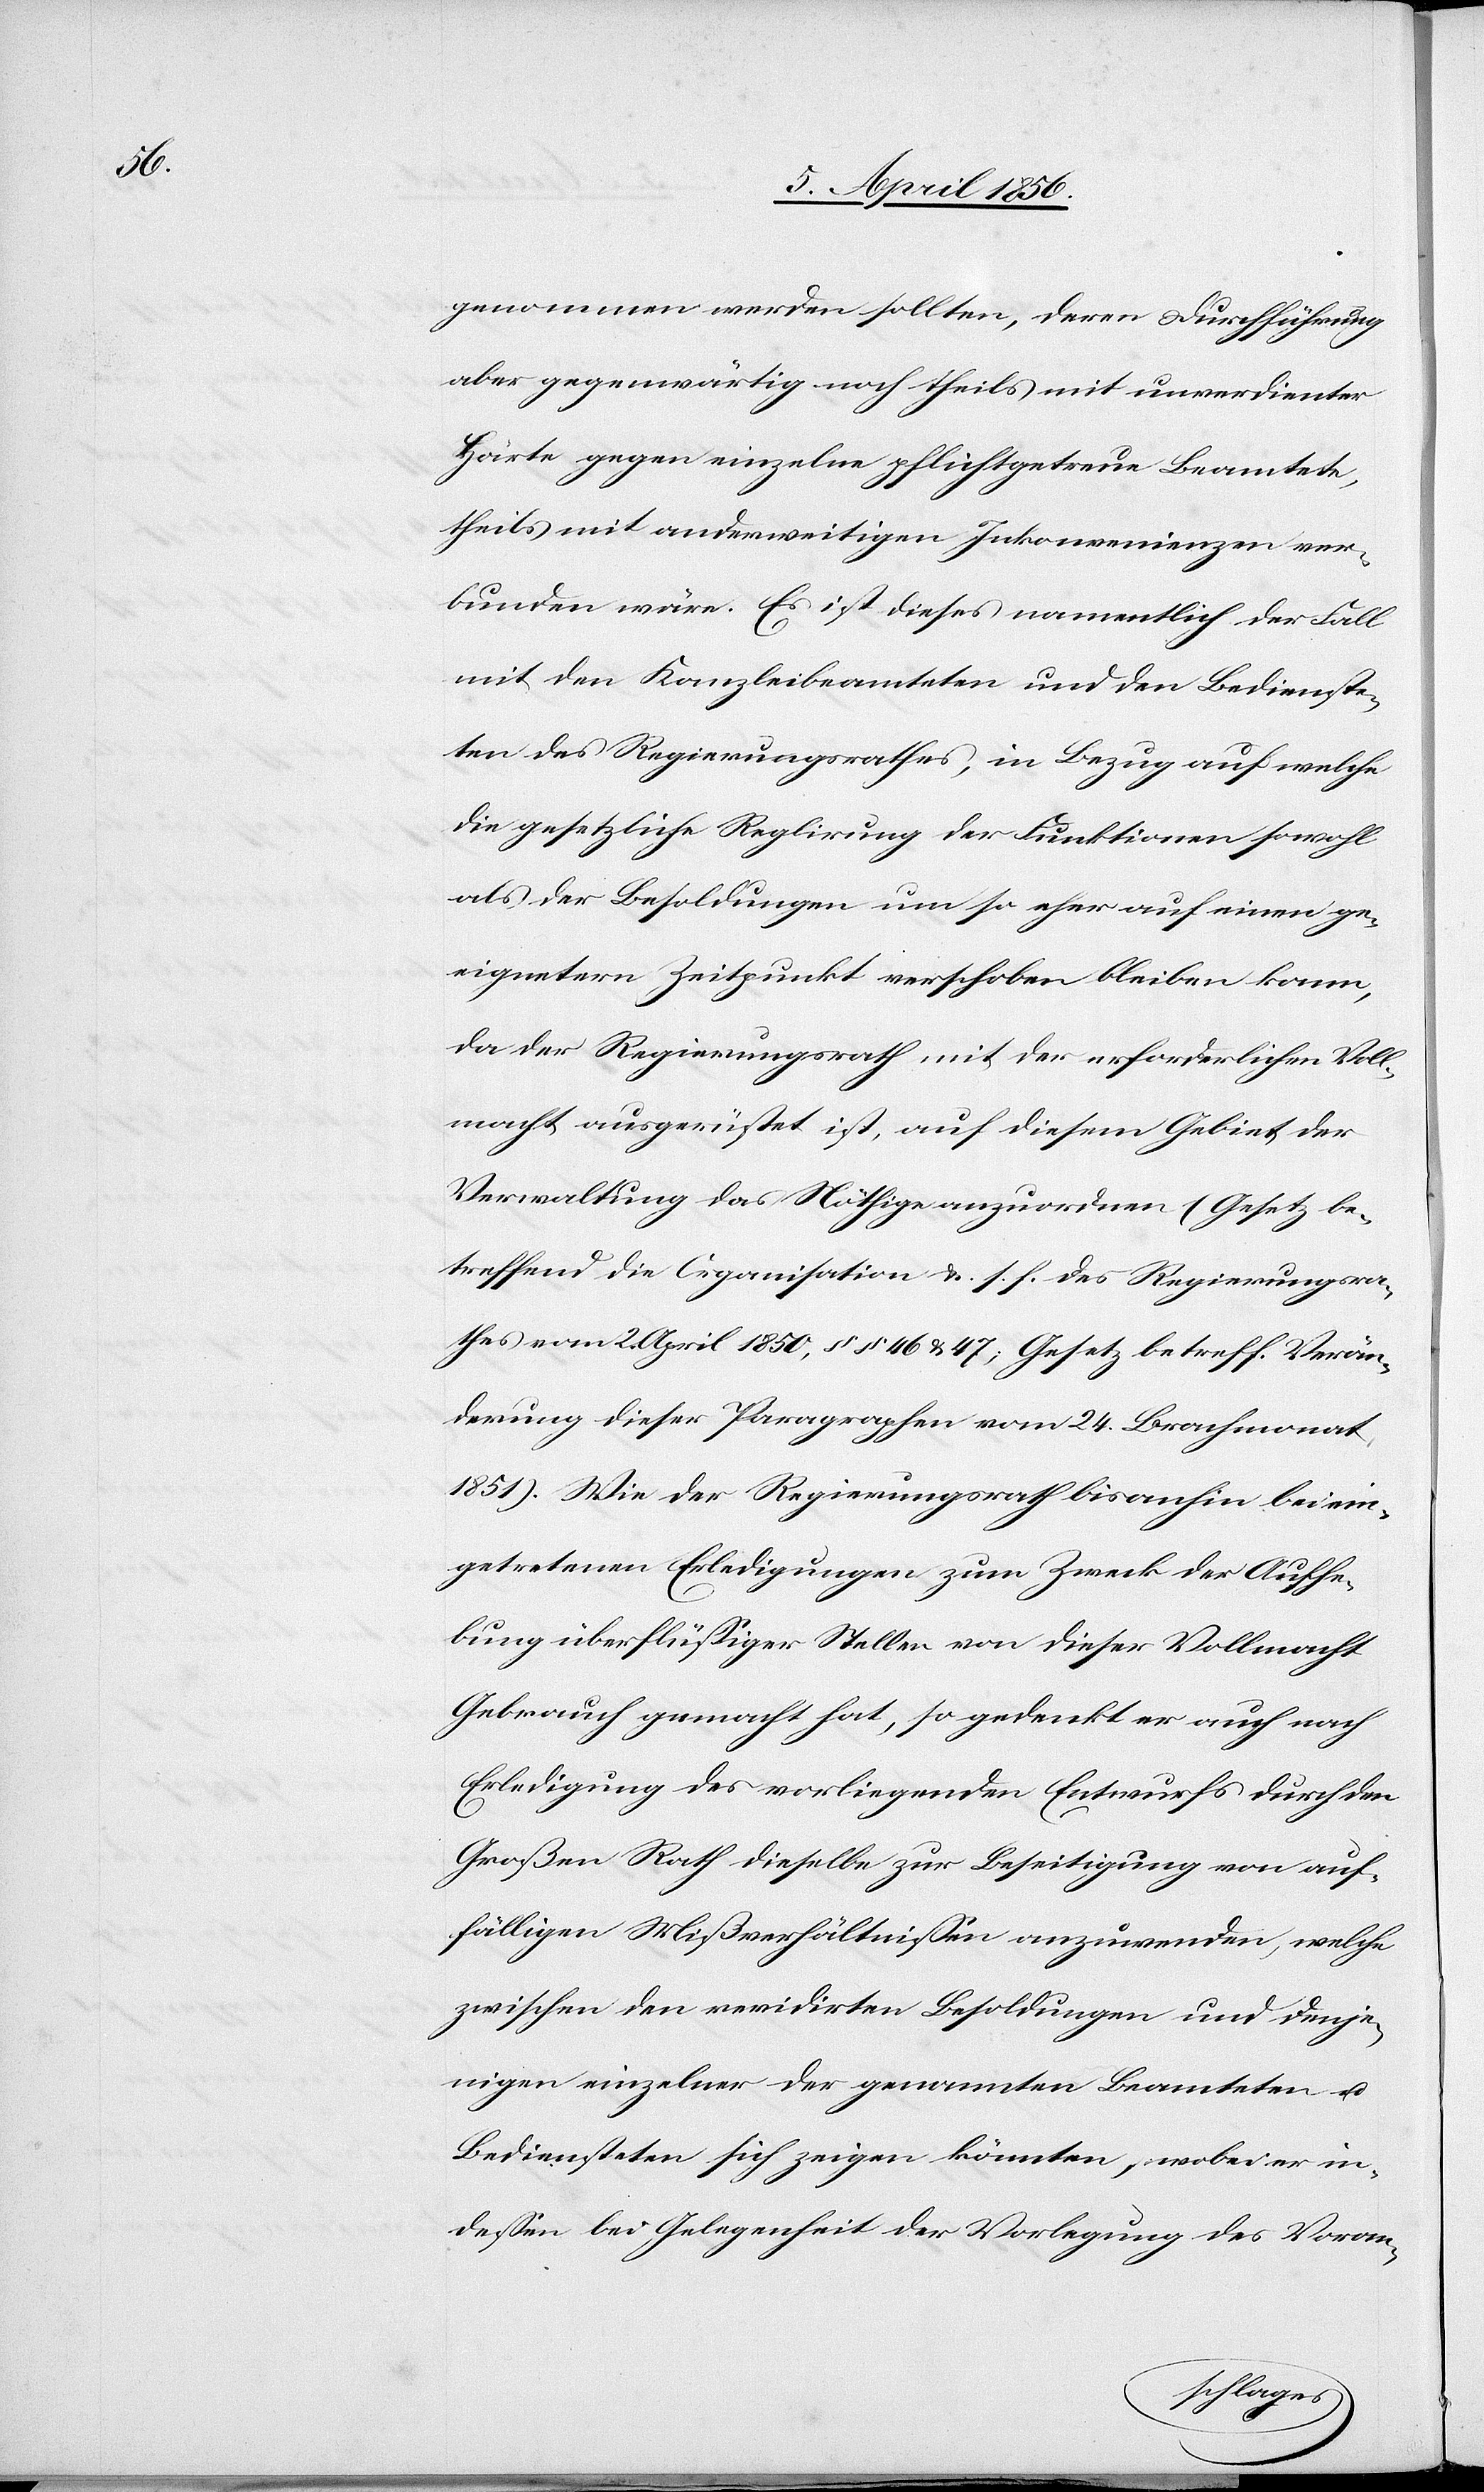
genommen werden sollten; deren Durchführung
aber gegenwärtig noch theils mit unverdienter
Härte gegen einzelne pflichtgetreue Beamtete,
theils mit anderweitigen Inkonvenienzen ver¬
bunden wäre. Es ist dieses namentlich der Fall
mit den Kanzleibeamteten und den Bedienste¬
ten des Regierungsrathes, in Bezug auf welche
die gesetzliche Reglirung der Funktionen sowohl
als der Besoldungen um so eher auf einen ge¬
eignetern Zeitpunkt verschoben bleiben kann,
da der Regierungsrath mit der erforderlichen Voll¬
macht ausgerüstet ist, auf diesem Gebiet der
Verwaltung das Nöthige anzuordnen (Gesetz be¬
treffend die Organisation &. s. f. des Regierungsra¬
thes vom 2. April 1850, §§ 46 & 47; Gesetz betreff. Verän¬
derung dieser Paragraphen vom 24. Brachmonat
1851). Wie der Regierungsrath bisanhin bei ein¬
getretenen Erledigungen zum Zweck der Aufhe¬
bung überflüssiger Stellen von dieser Vollmacht
Gebrauch gemacht hat, so gedenkt er auch nach
Erledigung des vorliegenden Entwurfs durch den
Großen Rath dieselbe zur Beseitigung von auf¬
fälligen Mißverhältnissen anzuwenden, welche
zwischen den revidirten Besoldungen und denje¬
nigen einzelner der genannten Beamteten u.
Bediensteten sich zeigen könnten, wobei er in¬
dessen bei Gelegenheit der Vorlegung des Voran-